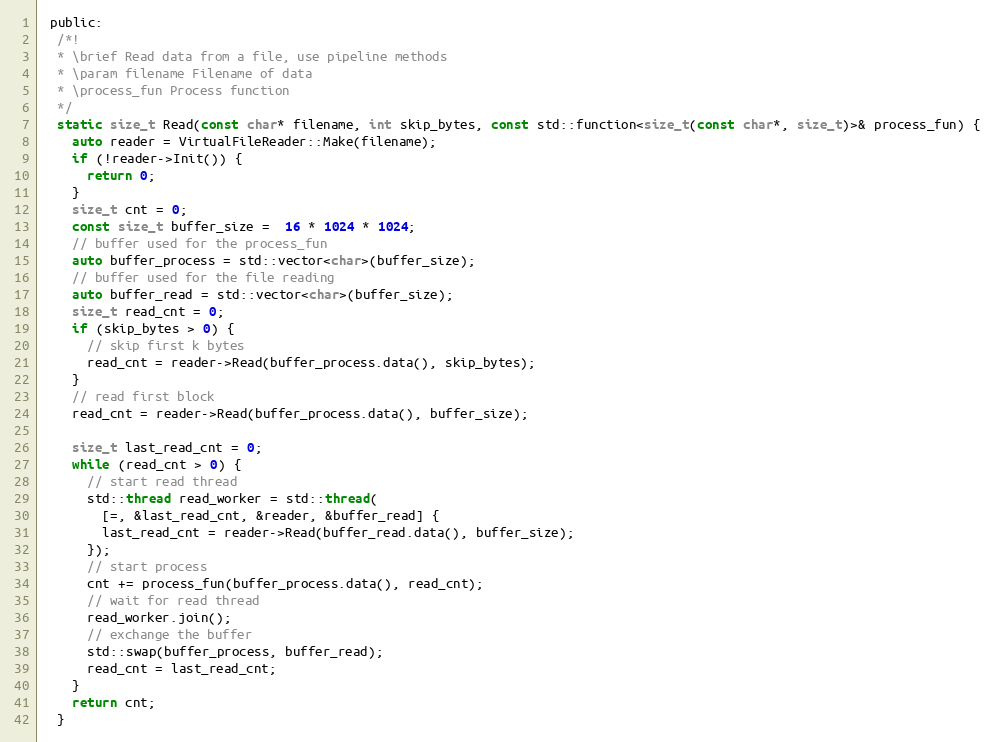
Language: C
 public:
  /*!
  * \brief Read data from a file, use pipeline methods
  * \param filename Filename of data
  * \process_fun Process function
  */
  static size_t Read(const char* filename, int skip_bytes, const std::function<size_t(const char*, size_t)>& process_fun) {
    auto reader = VirtualFileReader::Make(filename);
    if (!reader->Init()) {
      return 0;
    }
    size_t cnt = 0;
    const size_t buffer_size =  16 * 1024 * 1024;
    // buffer used for the process_fun
    auto buffer_process = std::vector<char>(buffer_size);
    // buffer used for the file reading
    auto buffer_read = std::vector<char>(buffer_size);
    size_t read_cnt = 0;
    if (skip_bytes > 0) {
      // skip first k bytes
      read_cnt = reader->Read(buffer_process.data(), skip_bytes);
    }
    // read first block
    read_cnt = reader->Read(buffer_process.data(), buffer_size);

    size_t last_read_cnt = 0;
    while (read_cnt > 0) {
      // start read thread
      std::thread read_worker = std::thread(
        [=, &last_read_cnt, &reader, &buffer_read] {
        last_read_cnt = reader->Read(buffer_read.data(), buffer_size);
      });
      // start process
      cnt += process_fun(buffer_process.data(), read_cnt);
      // wait for read thread
      read_worker.join();
      // exchange the buffer
      std::swap(buffer_process, buffer_read);
      read_cnt = last_read_cnt;
    }
    return cnt;
  }